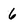
Character: 6